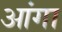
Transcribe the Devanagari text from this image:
आंगा